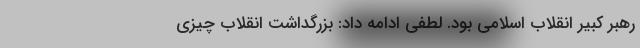
رهبر کبیر انقلاب اسلامی بود. لطفی ادامه داد: بزرگداشت انقلاب چیزی